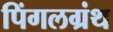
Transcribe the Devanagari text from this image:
पिंगलग्रंथ